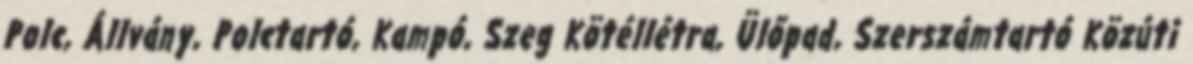
Polc, Állvány, Polctartó, Kampó, Szeg Kötéllétra, Ülőpad, Szerszámtartó Közúti